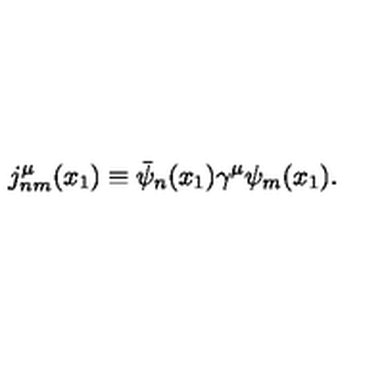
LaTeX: j _ { n m } ^ { \mu } ( x _ { 1 } ) \equiv \bar { \psi } _ { n } ( x _ { 1 } ) { \gamma } ^ { \mu } { \psi } _ { m } ( x _ { 1 } ) .